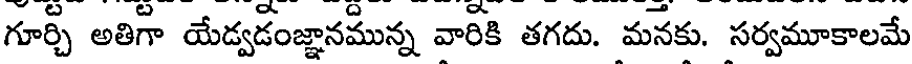
గూర్చి అతిగా యేడ్వడంజ్ఞానమున్న వారికి తగదు. మనకు. సర్వమూకాలమే